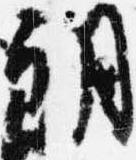
朗